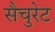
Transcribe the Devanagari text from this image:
सैचुरेट